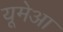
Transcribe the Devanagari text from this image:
यूमेआ